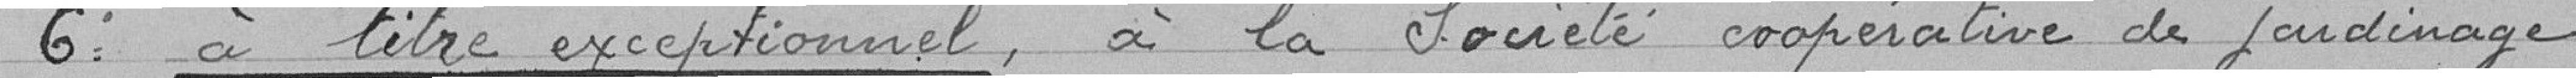
6° à titre à la Société coopérative de jardinage